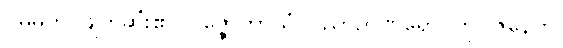
ဝိဓမတိ၊ ဖျက်ဆီး၏။ ဝိဇ္ဇောဘာသံ၊ ပညာဉာဏ်ရောင်ကို။ ဇနေတိ၊